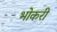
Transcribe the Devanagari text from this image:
भोकरी